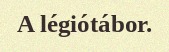
A légiótábor.